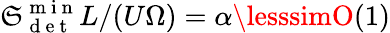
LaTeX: \mathfrak{S}_{\mathrm{{~d~e~t~}}}^{\mathrm{{~m~i~n~}}}L/(U\Omega)=\alpha\lesssimO(1)